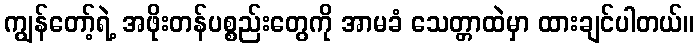
ကျွန်တော့်ရဲ့ အဖိုးတန်ပစ္စည်းတွေကို အာမခံ သေတ္တာထဲမှာ ထားချင်ပါတယ်။